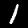
Label: 1